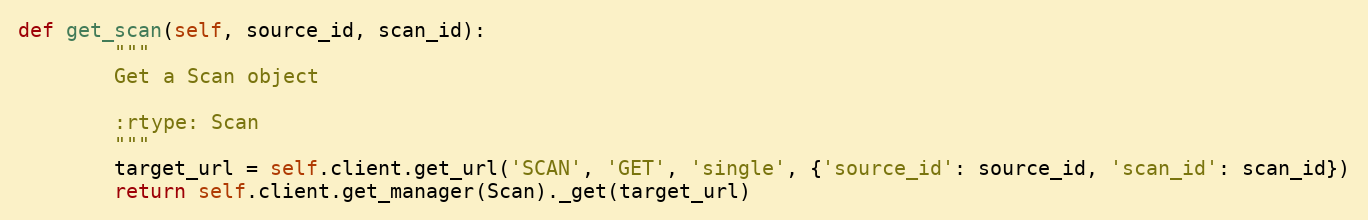
Language: Python
def get_scan(self, source_id, scan_id):
        """
        Get a Scan object

        :rtype: Scan
        """
        target_url = self.client.get_url('SCAN', 'GET', 'single', {'source_id': source_id, 'scan_id': scan_id})
        return self.client.get_manager(Scan)._get(target_url)